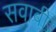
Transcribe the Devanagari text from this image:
सवाबी